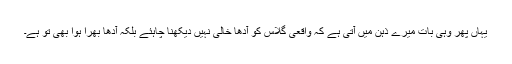
یہاں پھر وہی بات میرے ذہن میں آتی ہے کہ واقعی گلاس کو آدھا خالی نہیں دیکھنا چاہئے بلکہ آدھا بھرا ہوا بھی تو ہے۔